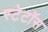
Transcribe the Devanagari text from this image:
स्टेटॉस